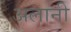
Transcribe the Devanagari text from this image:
अलानी